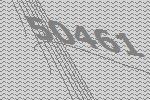
50461